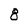
Character: g